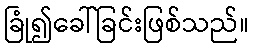
ခြုံ၍ခေါ်ခြင်းဖြစ်သည်။